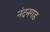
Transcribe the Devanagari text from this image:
नंदनगड